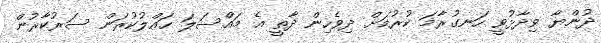
ދުންޔާ ވިދާޅުވީ ހަނގުރާމަ ކުރުމަށް ދިވެހިން ދާތީ އެ މައްސަލަ ހައްލުކުރަން ސަރުކާރުން